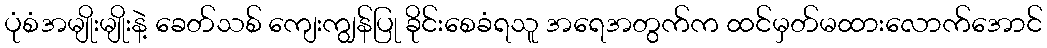
ပုံစံအမျိုးမျိုးနဲ့ ခေတ်သစ် ကျေးကျွန်ပြု ခိုင်းစေခံရသူ အရေအတွက်က ထင်မှတ်မထားလောက်အောင်